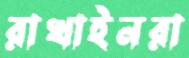
রাখাইনরা